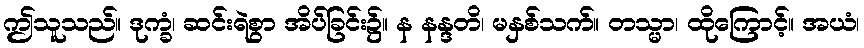
ဤသူသည်။ ဒုက္ခံ၊ ဆင်းရဲစွာ အိပ်ခြင်း၌။ န နန္ဒတိ၊ မနှစ်သက်။ တသ္မာ၊ ထိုကြောင့်။ အယံ၊